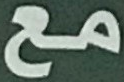
مع